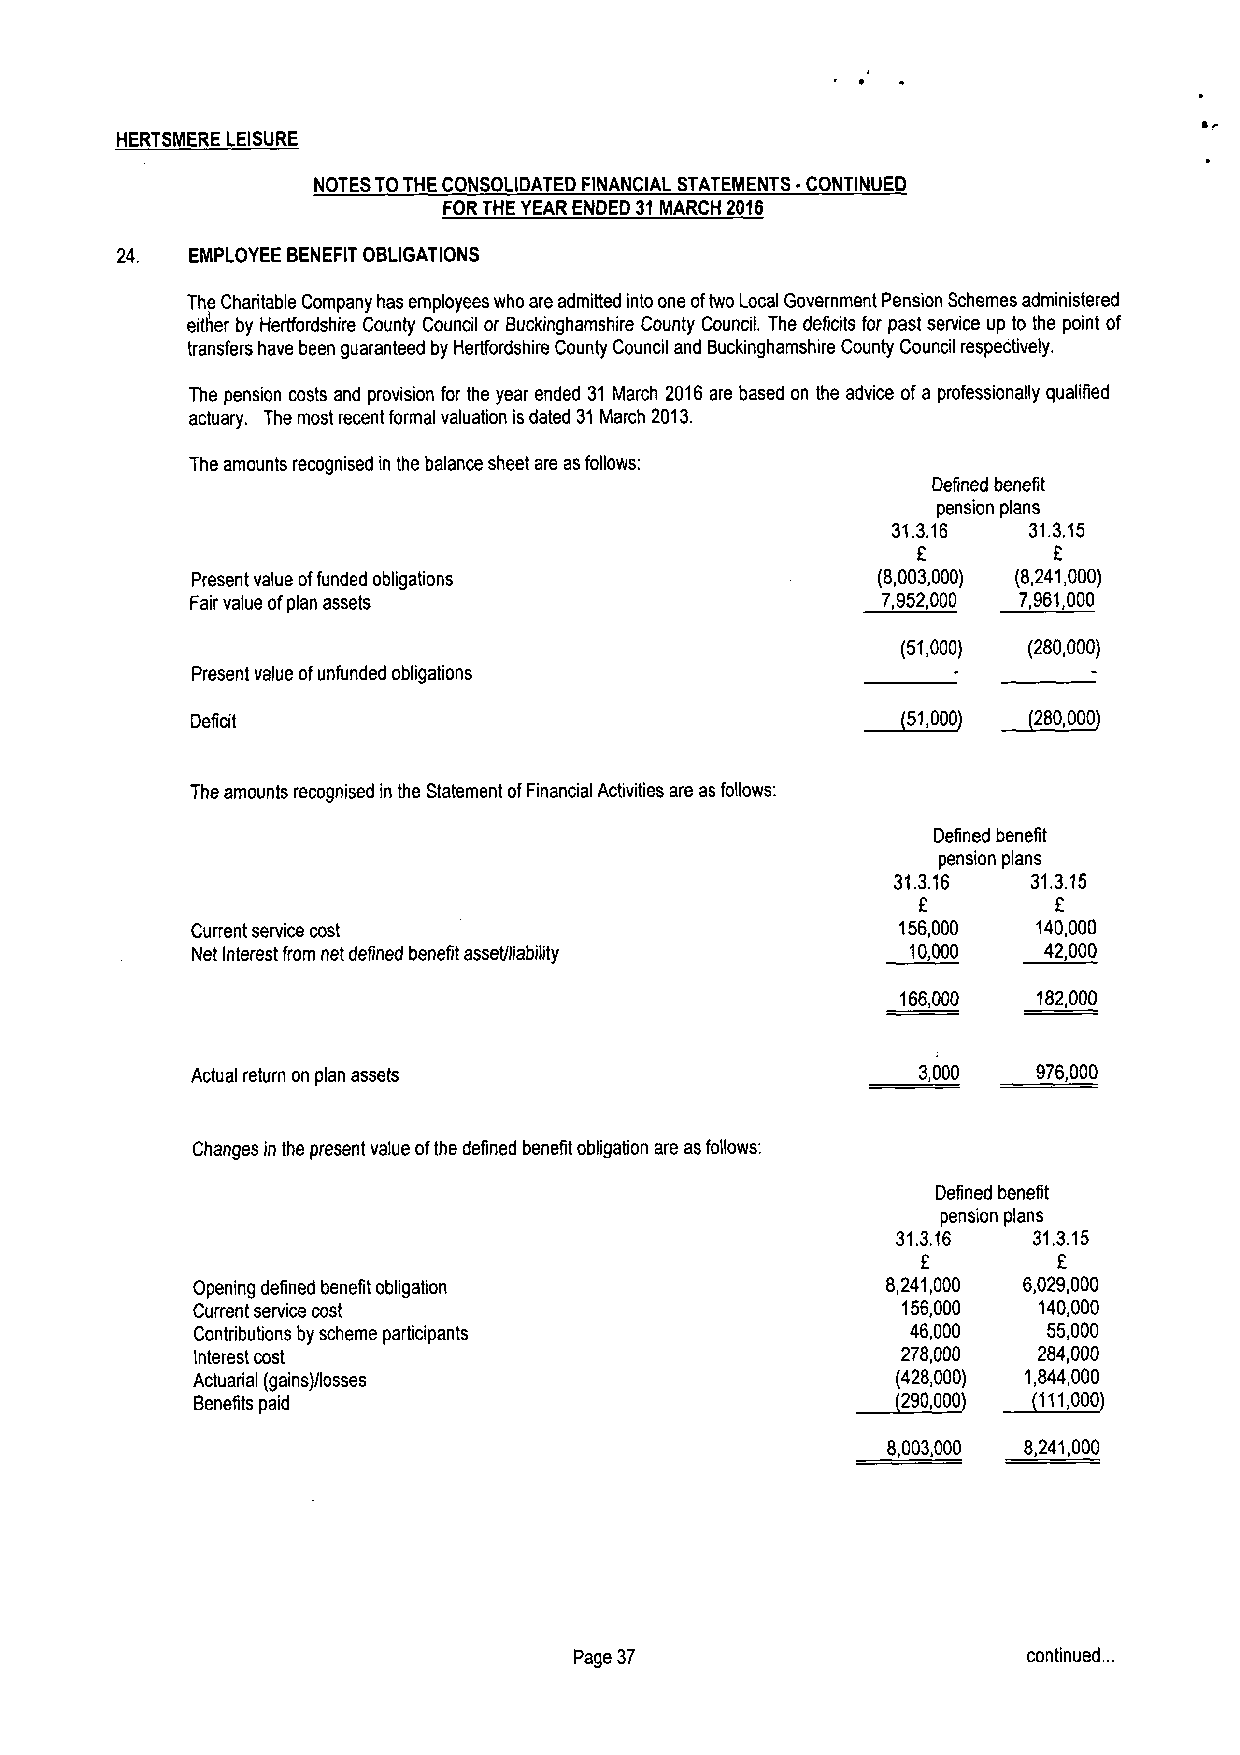
HERTSMERE LEISURE
 NOTES TOTHE CONSOLIDATED FINANCIAL STATEMENTS ~CONTINUED
 FOR THE YEARENDED 31MARCH 2016
 24.  EMPLOYEE BENEFIT OBLIGATIONS
 The Charitable Company has employees who are admitted into one oftwo Local Government Pension Schemes administered
 either by Hertfordshire County Council or Buckinghamshire County Council. The deficits for past service up to the point of
 transfers have been guaranteed by Herffordshire County Council and Buckinghamshire County Council respectively.
 The pension costs and provision for the year ended 31 March 2016are based on the advice of a professionally qualified
 actuary. The most recent formal valuation isdated 31March 2013.
 The amounts recognised in the balance sheet are asfollows:
 Defined benefit
 pension plans
 31.3.16  31.3.15
 f
 F
 Present value offunded obligations           (8,003,000) (8,241,000)
 Fair value ofplan assets                     7,952,000 7,961,000
 (51,000) (280,000)
 Present value ofunfunded obligations
 ~81,
 Deficit                                          000
 ~280,000
 The amounts recognised in the Statement ofFinancial Activities are as follows:
 Defined benefit
 pension plans
 31.3.16  31.3.15
 F        F
 Current service cost                           156,000  140,000
 Net Interest from net defined benefit asset/liabiiity 10,000 42,000
 166,000  182,000
 Actual return on plan assets                    3,000   976,000
 Changes in the present value ofthe defined benefit obligation are as follows:
 Defined benefit
 pension plans
 31.3.16  31.3.15
 f        F
 Opening defined benefit obligation            8,241,000 6,029,000
 Current service cost                           156,000  140,000
 Contributions by scheme participants           46,000   55,000
 Interest cost                                  278,000  284,000
 Actuarial (gains)/losses                      (428,000) 1,844,000
 ~290,    ~111,
 Benefits paid                                    000      000
 8,003,000 8,241,000
 Page 37                       continued. ..